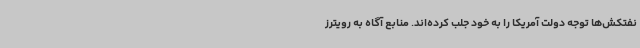
نفتکش‌ها توجه دولت آمریکا را به خود جلب کرده‌اند. منابع آگاه به رویترز